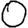
Digit: 0